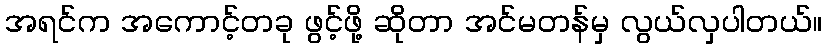
အရင်က အကောင့်တခု ဖွင့်ဖို့ ဆိုတာ အင်မတန်မှ လွယ်လှပါတယ်။